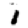
Digit: 1